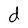
Character: d